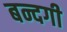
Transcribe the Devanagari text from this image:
बन्दगी